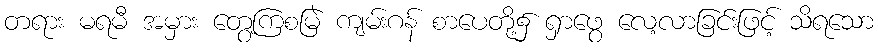
တရား မရမီ အမှား တွေ့ကြစမြဲ ကျမ်းဂန် စာပေတို့၌ ရှာဖွေ လေ့လာခြင်းဖြင့် သိရသော